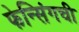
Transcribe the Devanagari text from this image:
फेन्सिंगची